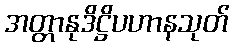
အတ္တာနုဒိဋ္ဌိပဟာနသုတ်